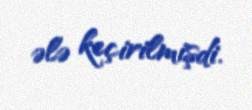
ələ keçirilmişdi.